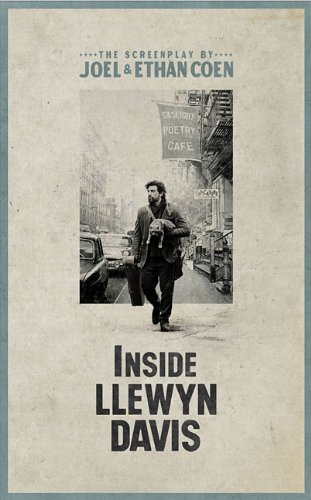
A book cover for Inside Llewyn Davis: The Illustrated Screenplay with Lyrics Introduction by Elijah Wald and a conversation with T Bone Burnett; Joel Coen; Humor & Entertainment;